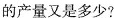
的产量又是多少?